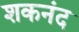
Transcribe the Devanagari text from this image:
शकनंद